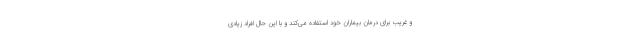
و غریب برای درمان بیماران خود استفاده می‌کند و با این حال افراد زیادی